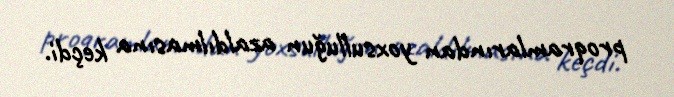
proqramlarından yoxsulluğun azaldılmasına keçdi.